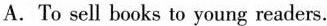
A. To sell books to young readers.